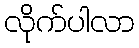
လိုက်ပါလာ